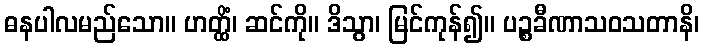
ဓနပါလမည်သော။ ဟတ္ထိံ၊ ဆင်ကို။ ဒိသွာ၊ မြင်ကုန်၍။ ပဉ္စခီဏာသဝသတာနိ၊